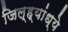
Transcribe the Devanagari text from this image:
जिल्ह्यांध्ये